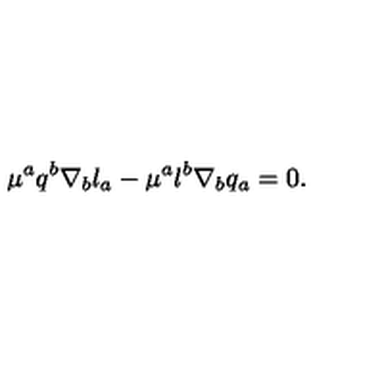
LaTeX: \mu ^ { a } q ^ { b } \nabla _ { b } l _ { a } - \mu ^ { a } l ^ { b } \nabla _ { b } q _ { a } = 0 .